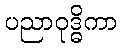
ပညာဝုဒ္ဓိကာ